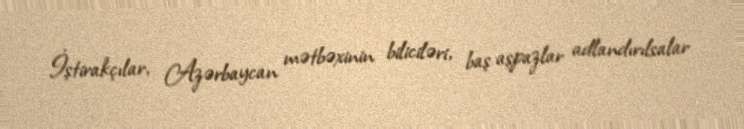
İştirakçılar, Azərbaycan mətbəxinin biliciləri, baş aşpazlar adlandırılsalar